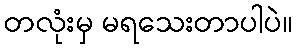
တလုံးမှ မရသေးတာပါပဲ။